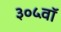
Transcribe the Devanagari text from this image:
३०५वॉ